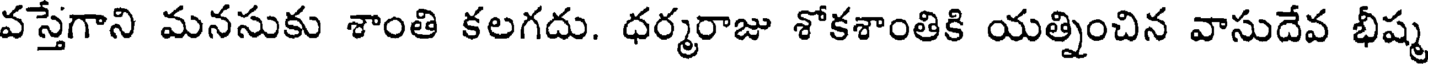
వస్తేగాని మనసుకు శాంతి కలగదు. ధర్మరాజు శోకశాంతికి యత్నించిన వాసుదేవ భీష్మ